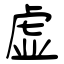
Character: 虚